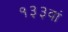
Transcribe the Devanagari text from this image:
१३३वां